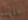
علينا